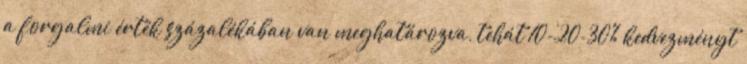
a forgalmi érték százalékában van meghatározva, tehát 10-20-30% kedvezményt